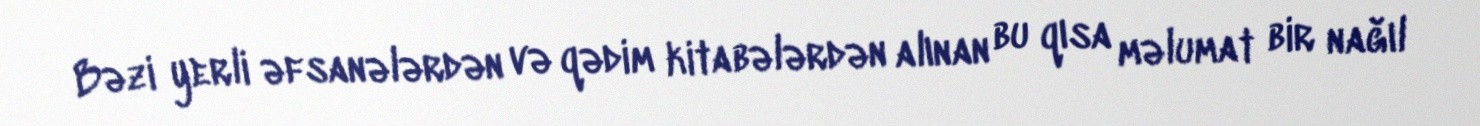
Bəzi yerli əfsanələrdən və qədim kitabələrdən alınan bu qısa məlumat bir nağıl